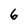
Character: 6